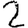
Digit: 2